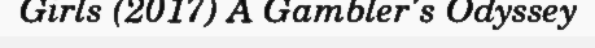
Girls (2017) A Gambler's Odyssey